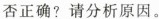
否正确?请分析原因。